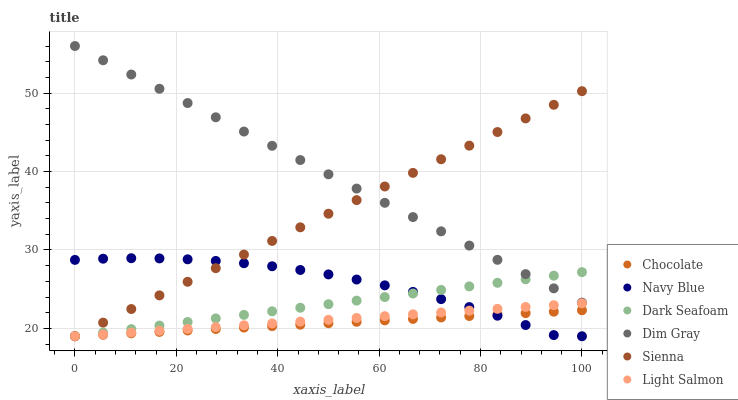
| xaxis_label | Chocolate | Navy Blue | Dark Seafoam | Dim Gray | Sienna | Light Salmon |
 | --- | --- | --- | --- | --- | --- | --- |
 | 0 | 19 | 28.7 | 19 | 56 | 19 | 19 |
 | 5.56 | 19.2 | 28.9 | 19.5 | 54.2 | 20.7 | 19.2 |
 | 11.1 | 19.4 | 28.9 | 19.9 | 52.4 | 22.5 | 19.5 |
 | 16.7 | 19.6 | 28.9 | 20.4 | 50.5 | 24.2 | 19.7 |
 | 22.2 | 19.7 | 28.8 | 20.8 | 48.7 | 25.9 | 19.9 |
 | 27.8 | 19.9 | 28.6 | 21.3 | 46.9 | 27.7 | 20.2 |
 | 33.3 | 20.1 | 28.3 | 21.7 | 45.1 | 29.4 | 20.4 |
 | 38.9 | 20.3 | 27.9 | 22.2 | 43.3 | 31.1 | 20.6 |
 | 44.4 | 20.5 | 27.4 | 22.6 | 41.5 | 32.9 | 20.9 |
 | 50 | 20.7 | 26.9 | 23.1 | 39.6 | 34.6 | 21.1 |
 | 55.6 | 20.8 | 26.2 | 23.5 | 37.8 | 36.4 | 21.3 |
 | 61.1 | 21 | 25.5 | 24 | 36 | 38.1 | 21.6 |
 | 66.7 | 21.2 | 24.7 | 24.4 | 34.2 | 39.8 | 21.8 |
 | 72.2 | 21.4 | 23.7 | 24.9 | 32.4 | 41.6 | 22 |
 | 77.8 | 21.6 | 22.7 | 25.4 | 30.6 | 43.3 | 22.3 |
 | 83.3 | 21.8 | 21.6 | 25.8 | 28.7 | 45 | 22.5 |
 | 88.9 | 21.9 | 20.4 | 26.3 | 26.9 | 46.8 | 22.7 |
 | 94.4 | 22.1 | 19.1 | 26.7 | 25.1 | 48.5 | 23 |
 | 100 | 22.3 | 19 | 27.2 | 23.3 | 50.2 | 23.2 |